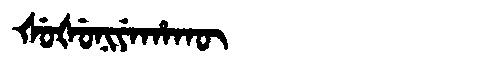
Manchu: ᡧᡠᡧᡠᠨᡳᠶᡝᡥᠠᡴᡡ
Romanization: ŠUŠUNIYEHAKŪ